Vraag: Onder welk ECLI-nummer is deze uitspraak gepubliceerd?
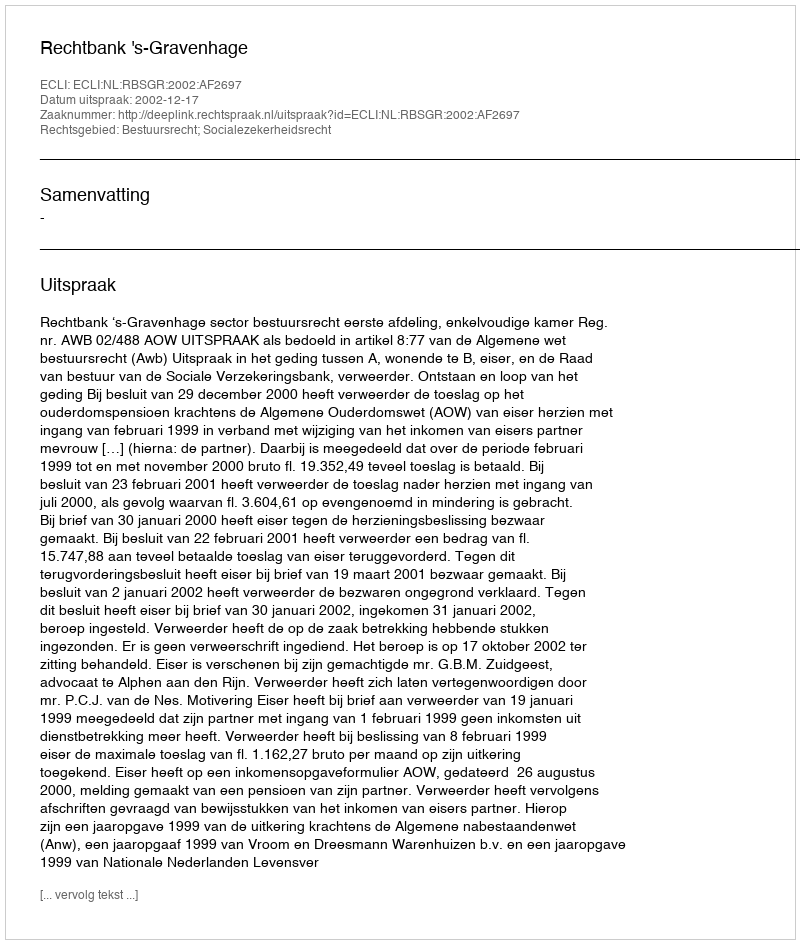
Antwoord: ECLI:NL:RBSGR:2002:AF2697